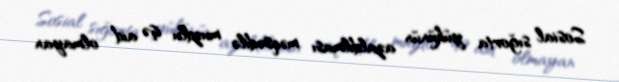
Sosial sığorta yükünün azaldılması məqsədilə muzdlu işə aid olmayan